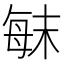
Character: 𣔍